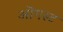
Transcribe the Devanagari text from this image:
ऒगस्ट